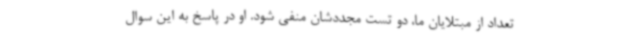
تعداد از مبتلایان ما، دو تست مجددشان منفی شود. او در پاسخ به این سوال